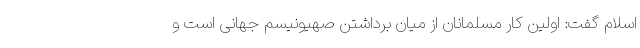
اسلام گفت: اولین کار مسلمانان از میان برداشتن صهیونیسم جهانی است و